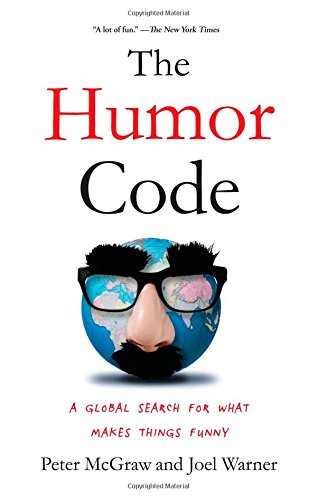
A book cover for The Humor Code: A Global Search for What Makes Things Funny; Peter McGraw; Humor & Entertainment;